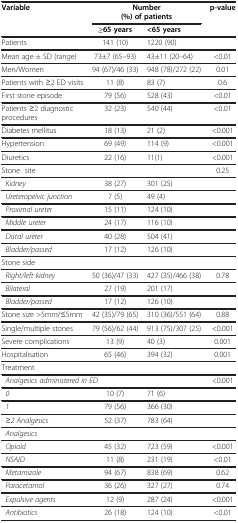
<table><thead><tr><td rowspan="2"><b>Variable</b></td><td colspan="2"><b>Number (%) of patients</b></td><td rowspan="2"><b>p-value</b></td></tr><tr><td><b>≥65 years</b></td><td><b>&lt;65 years</b></td></tr></thead><tbody><tr><td>Patients</td><td>141 (10)</td><td>1220 (90)</td><td> </td></tr><tr><td>Mean age ± SD (range)</td><td>73±7 (65–93)</td><td>43±11 (20–64)</td><td>&lt;0.01</td></tr><tr><td>Men/Women</td><td>94 (67)/46 (33)</td><td>948 (78)/272 (22)</td><td>0.01</td></tr><tr><td>Patients with ≥2 ED visits</td><td>11 (8)</td><td>83 (7)</td><td>0.6</td></tr><tr><td>First stone episode</td><td>79 (56)</td><td>528 (43)</td><td>&lt;0.01</td></tr><tr><td>Patients ≥2 diagnostic procedures</td><td>32 (23)</td><td>540 (44)</td><td>&lt;0.01</td></tr><tr><td>Diabetes mellitus</td><td>18 (13)</td><td>21 (2)</td><td>&lt;0.001</td></tr><tr><td>Hypertension</td><td>69 (49)</td><td>114 (9)</td><td>&lt;0.001</td></tr><tr><td>Diuretics</td><td>22 (16)</td><td>11(1)</td><td>&lt;0.001</td></tr><tr><td colspan="3">Stone site</td><td>0.25</td></tr><tr><td> <i>Kidney</i></td><td>38 (27)</td><td>301 (25)</td><td> </td></tr><tr><td> <i>Ureteropelvic junction</i></td><td>7 (5)</td><td>49 (4)</td><td> </td></tr><tr><td> <i>Proximal ureter</i></td><td>15 (11)</td><td>124 (10)</td><td> </td></tr><tr><td> <i>Middle ureter</i></td><td>24 (17)</td><td>116 (10)</td><td> </td></tr><tr><td> <i>Distal ureter</i></td><td>40 (28)</td><td>504 (41)</td><td> </td></tr><tr><td> <i>Bladder/passed</i></td><td>17 (12)</td><td>126 (10)</td><td> </td></tr><tr><td colspan="4">Stone side</td></tr><tr><td> <i>Right/left kidney</i></td><td>50 (36)/47 (33)</td><td>427 (35)/466 (38)</td><td>0.78</td></tr><tr><td> <i>Bilateral</i></td><td>27 (19)</td><td>201 (17)</td><td> </td></tr><tr><td> <i>Bladder/passed</i></td><td>17 (12)</td><td>126 (10)</td><td> </td></tr><tr><td>Stone size &gt;5mm/≤5mm</td><td>42 (35)/79 (65)</td><td>310 (36)/551 (64)</td><td>0.88</td></tr><tr><td>Single/multiple stones</td><td>79 (56)/62 (44)</td><td>913 (75)/307 (25)</td><td>&lt;0.001</td></tr><tr><td>Severe complications</td><td>13 (9)</td><td>40 (3)</td><td>0.001</td></tr><tr><td>Hospitalisation</td><td>65 (46)</td><td>394 (32)</td><td>0.001</td></tr><tr><td>Treatment</td><td> </td><td> </td><td> </td></tr><tr><td colspan="3"> <i>Analgesics administered in ED</i></td><td>&lt;0.001</td></tr><tr><td> <i>0</i></td><td>10 (7)</td><td>71 (6)</td><td> </td></tr><tr><td> <i>1</i></td><td>79 (56)</td><td>366 (30)</td><td> </td></tr><tr><td> <i>≥2 Analgesics</i></td><td>52 (37)</td><td>783 (64)</td><td> </td></tr><tr><td> <i>Analgesics</i></td><td> </td><td> </td><td> </td></tr><tr><td> <i>Opioid</i></td><td>45 (32)</td><td>723 (59)</td><td>&lt;0.001</td></tr><tr><td> <i>NSAID</i></td><td>11 (8)</td><td>231 (19)</td><td>&lt;0.01</td></tr><tr><td> <i>Metamizole</i></td><td>94 (67)</td><td>838 (69)</td><td>0.62</td></tr><tr><td> <i>Paracetamol</i></td><td>36 (26)</td><td>327 (27)</td><td>0.74</td></tr><tr><td> <i>Expulsive agents</i></td><td>12 (9)</td><td>287 (24)</td><td>&lt;0.001</td></tr><tr><td> <i>Antibiotics</i></td><td>26 (18)</td><td>124 (10)</td><td>&lt;0.01</td></tr></tbody></table>